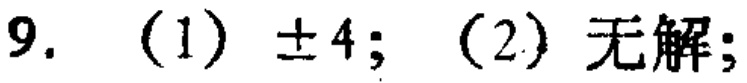
9. （1）$\pm 4$; （2）无解;